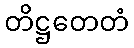
တိဋ္ဌတေတံ